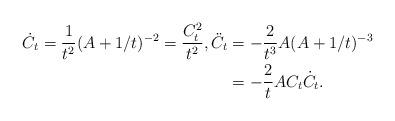
LaTeX: \begin{align*}\dot C_t = \frac{1}{t^2}(A+1/t)^{-2} = \frac{C^2_t}{t^2},\ddot C_t &= -\frac{2}{t^3}A(A+1/t)^{-3}\\ &= -\frac{2}{t}AC_t\dot C_t.\end{align*}